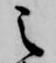
之